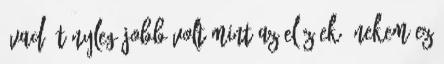
évad. Tényleg jobb volt mint az előzőek. Nekem ez